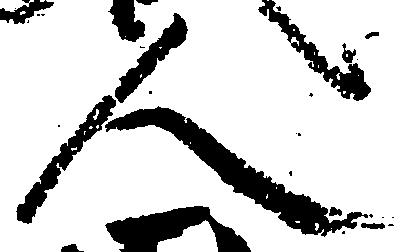
人